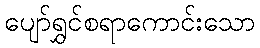
ပျော်ရွှင်စရာကောင်းသော